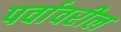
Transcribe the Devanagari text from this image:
पर्वावरील